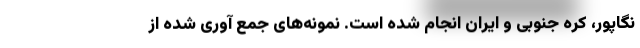
نگاپور، کره جنوبی و ایران انجام شده است. نمونه‌های جمع آوری شده از